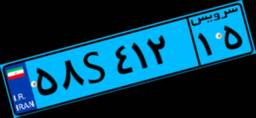
۳۱S۴۴۶۰۷